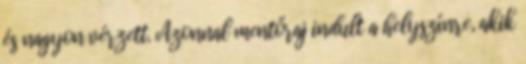
és nagyon vérzett. Azonnal mentőraj indult a helyszínre, akik